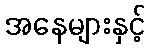
အနေများနှင့်